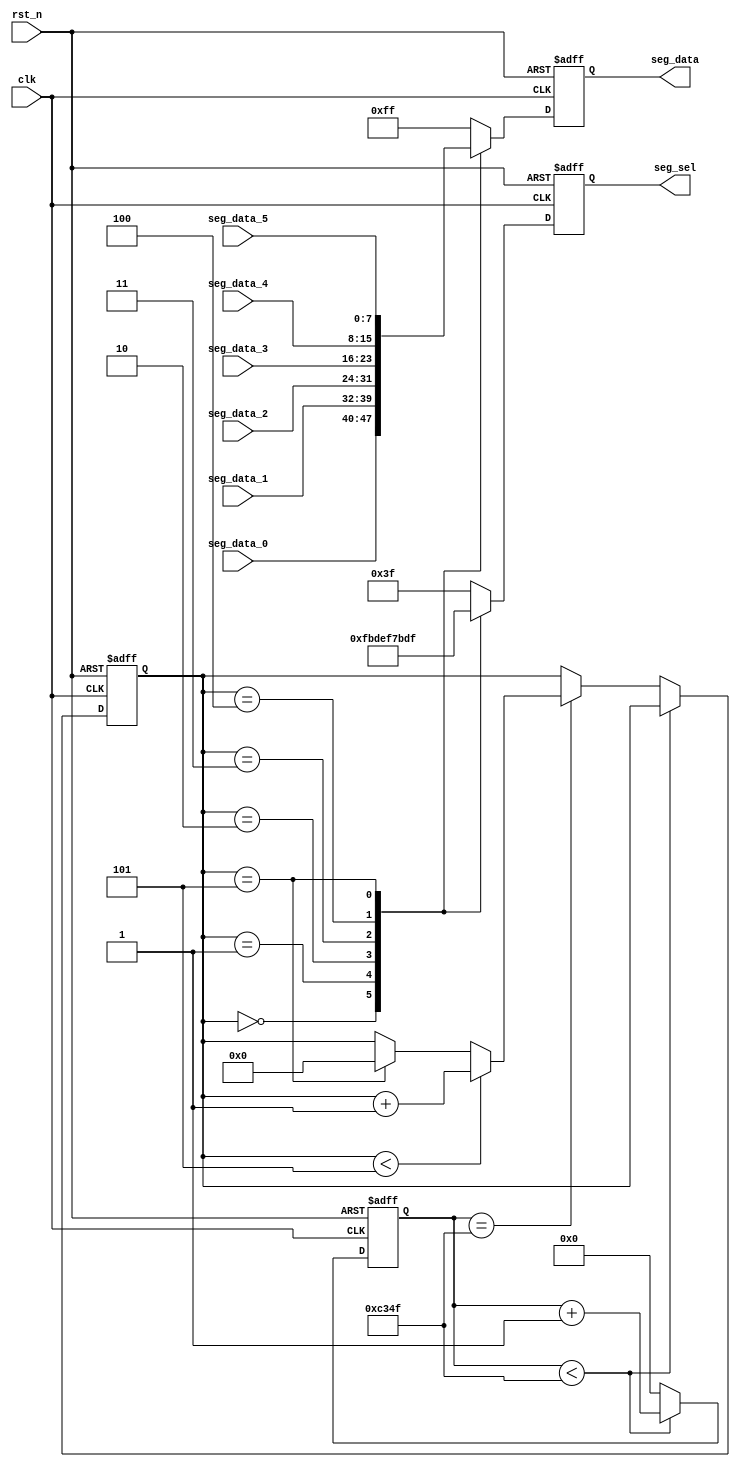
module seg_scan(
	input           clk,
	input           rst_n,
	output reg[5:0] seg_sel,      
	output reg[7:0] seg_data,     
	input[7:0]      seg_data_0,
	input[7:0]      seg_data_1,
	input[7:0]      seg_data_2,
	input[7:0]      seg_data_3,
	input[7:0]      seg_data_4,
	input[7:0]      seg_data_5
);
parameter scan_count = 49999;
reg[31:0] timer;
reg[3:0]  scan_sel;
always@(posedge clk or negedge rst_n)
begin
	if(!rst_n)
	begin
		timer <= 32'd0;
		scan_sel <= 4'd0;
	end
	else if(timer < scan_count)
	begin
		timer <= timer + 32'd1;
	end
	else if(timer == scan_count)
	begin
		timer <= 32'd0;
		if(scan_sel < 4'd5)
	    begin
			scan_sel <= scan_sel + 4'd1;
		end
		else if(scan_sel == 4'd5)
		begin
			scan_sel <= 4'd0;
		end
	end
	else 
		timer <= 32'd0;
end

always@(posedge clk or negedge rst_n)
begin
	if(rst_n == 1'b0)
	begin
		seg_sel <= 6'b111111;
		seg_data <= 8'hff;
	end
	else
	begin
		case(scan_sel)
			4'd0:
			begin
				seg_sel <= 6'b11_1110;
				seg_data <= seg_data_0;
			end
			4'd1:
			begin
				seg_sel <= 6'b11_1101;
				seg_data <= seg_data_1;
			end
			4'd2:
			begin
				seg_sel <= 6'b11_1011;
				seg_data <= seg_data_2;
			end
			4'd3:
			begin
				seg_sel <= 6'b11_0111;
				seg_data <= seg_data_3;
			end
			4'd4:
			begin
				seg_sel <= 6'b10_1111;
				seg_data <= seg_data_4;
			end
			4'd5:
			begin
				seg_sel <= 6'b01_1111;
				seg_data <= seg_data_5;
			end
			default:
			begin
				seg_sel <= 6'b11_1111;
				seg_data <= 8'hff;
			end
		endcase
	end
end
endmodule